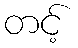
တင့်